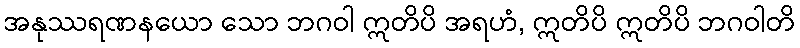
အနုဿရဏနယော သော ဘဂဝါ ဣတိပိ အရဟံ, ဣတိပိ ဣတိပိ ဘဂဝါတိ